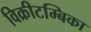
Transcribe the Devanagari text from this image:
विक्रीटम्बिका